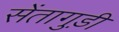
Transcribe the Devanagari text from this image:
सेंतागुड़ी